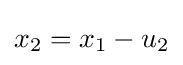
x_{2}=x_{1}-u_{2}